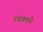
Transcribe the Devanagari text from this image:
उंचवणारे